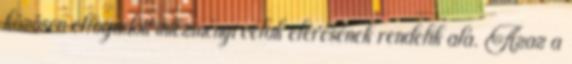
közösen elfogadott intézményi célok elérésének rendelik alá. Azaz a